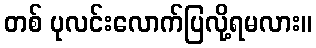
တစ် ပုလင်းလောက်ပြလို့ရမလား။